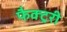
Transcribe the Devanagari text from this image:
फैक्ट्ररी